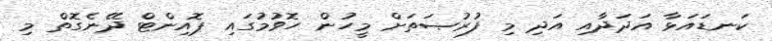
ކަނޑައަޅާ އަދަދާއި އަދި މި ފުރުޞަތަށް މީހުން ހޮވުމުގައި ޕޮއިންޓް ދޭނެގޮތް މި